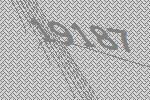
19187